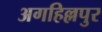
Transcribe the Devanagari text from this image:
अगहिल्लपुर